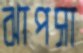
ঝাপসা